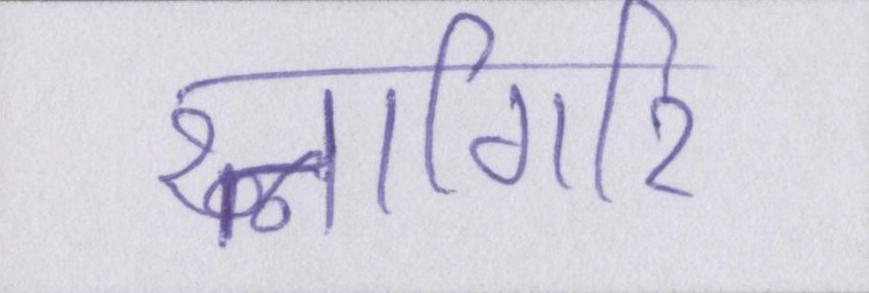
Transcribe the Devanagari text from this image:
रत्नागिरि